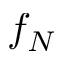
f _ { N }